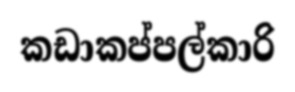
කඩාකප්පල්කාරි